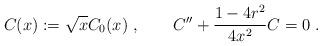
LaTeX: \begin{align*}C(x):=\sqrt{x} C_0(x)~,\qquad C'' + \frac{1-4 r^2}{4 x^2} C =0~.\end{align*}